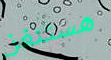
هستنغز